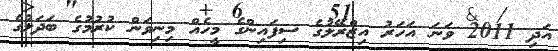
އަދި 2011 ވަނަ އަހަރު އިޒްރޭލުގެ ސިފައިންގެ މީހެއް މިނިވަން ކުރުމުގެ ބަދަލުގެ